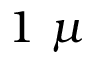
1 \ \mu